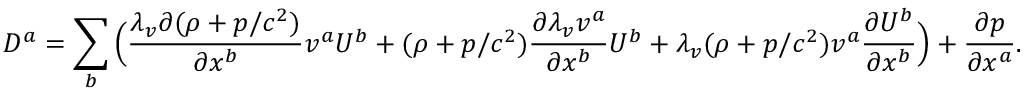
D ^ { a } = \sum _ { b } \Big ( \frac { \lambda _ { v } \partial ( \rho + p / c ^ { 2 } ) } { \partial x ^ { b } } v ^ { a } U ^ { b } + ( \rho + p / c ^ { 2 } ) \frac { \partial \lambda _ { v } v ^ { a } } { \partial x ^ { b } } U ^ { b } + \lambda _ { v } ( \rho + p / c ^ { 2 } ) v ^ { a } \frac { \partial U ^ { b } } { \partial x ^ { b } } \Big ) + \frac { \partial p } { \partial x ^ { a } } .